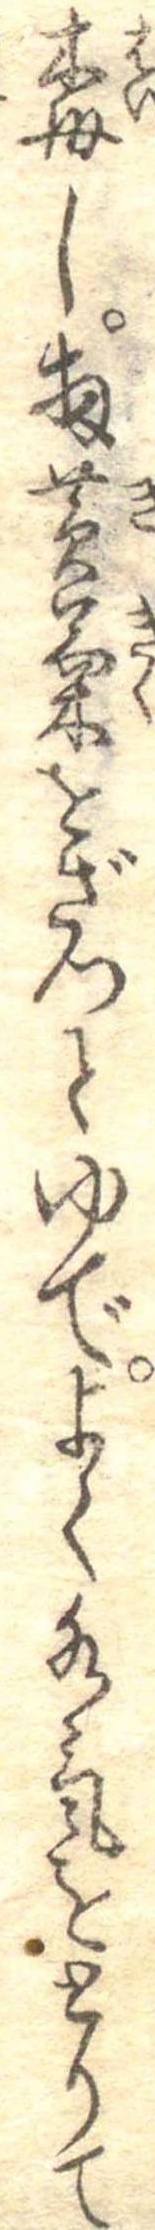
梅し扨黄菊をざつとゆでよく水気をとりて